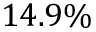
1 4 . 9 \%